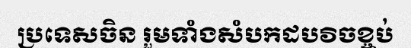
ប្រទេសចិន រួមទាំងសំបកដបវិចខ្ចប់